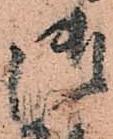
御